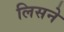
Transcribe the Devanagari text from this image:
लिसने